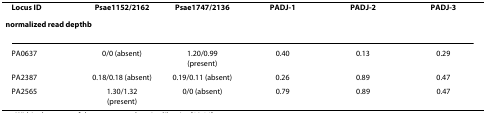
<table><thead><tr><td><b>Locus ID</b></td><td><b>Psae1152/2162</b></td><td><b>Psae1747/2136</b></td><td><b>PADJ-1</b></td><td><b>PADJ-2</b></td><td><b>PADJ-3</b></td></tr><tr><td colspan="6"><b>normalized read depth<sup>b</sup></b></td></tr></thead><tbody><tr><td>PA0637</td><td>0/0 (absent)</td><td>1.20/0.99 (present)</td><td>0.40</td><td>0.13</td><td>0.29</td></tr><tr><td>PA2387</td><td>0.18/0.18 (absent)</td><td>0.19/0.11 (absent)</td><td>0.26</td><td>0.89</td><td>0.47</td></tr><tr><td>PA2565</td><td>1.30/1.32 (present)</td><td>0/0 (absent)</td><td>0.79</td><td>0.89</td><td>0.47</td></tr></tbody></table>